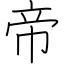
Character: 帝